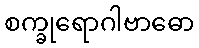
စက္ခုရောဂါဗာဓော